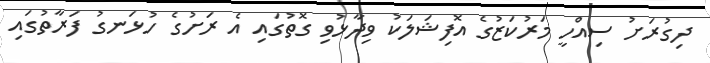
ދިގުރަށު ސިއްހީ މަރުކަޒުގެ އޮފިޝަލަކު ވިދާޅުވި ގޮތުގައި އެ ރަށުގެ ހުޅަނގު ފަރާތުގައި